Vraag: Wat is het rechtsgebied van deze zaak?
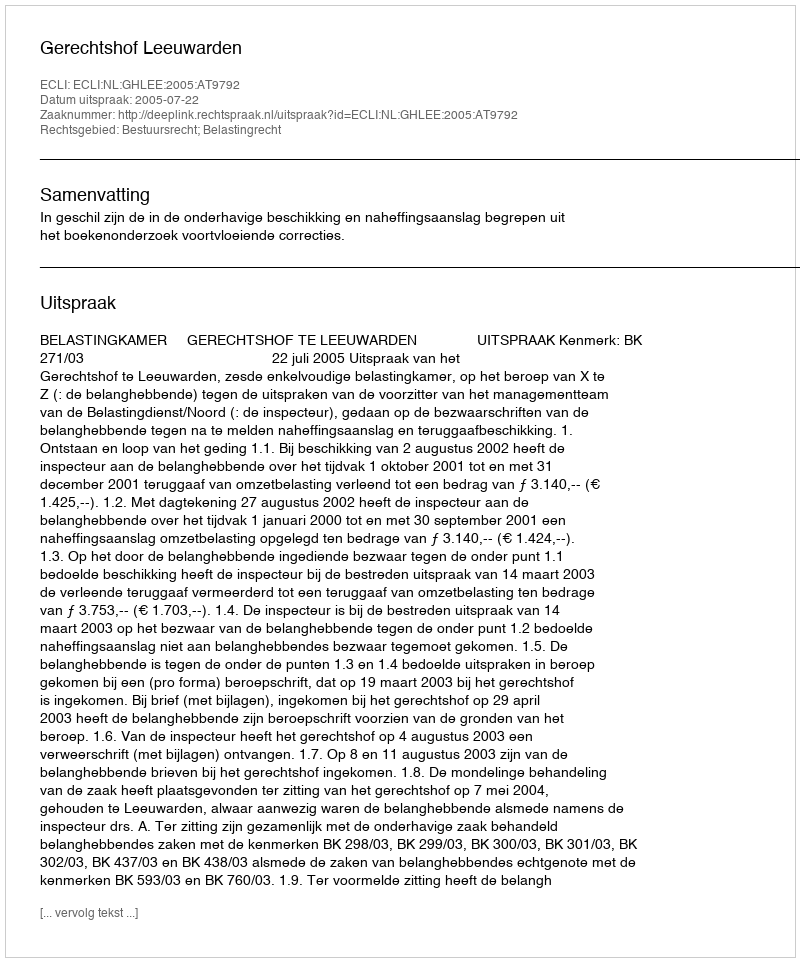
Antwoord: Bestuursrecht; Belastingrecht